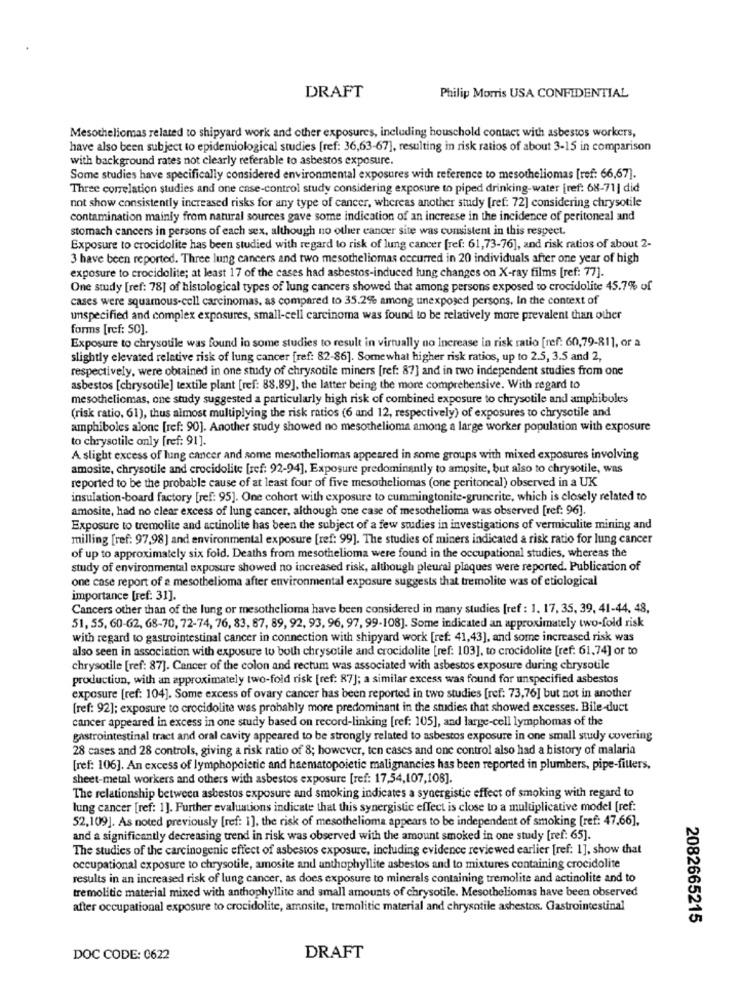
DRAFT
Philip Morris USA CONFIDENTIAL
Mesotheliomas related to shipyard work and other exposures, including household contact with asbestos workers,
have also been subject to epidemiological studies [ref: 36,63-67], resulting in risk ratios of about 3-15 in comparison
with background rates not clearly referable to asbestos exposure.
Some studies have specifically considered environmental exposures with reference to mesotheliomas [ref: 66,67].
Three correlation studies and one case-control study considering exposure to piped drinking-water [ref: 68-71] did
not show consistently increased risks for any type of cancer, whereas another study [ref: 72] considering chrysotile
contamination mainly from natural sources gave some indication of an increase in the incidence of peritoneal and
stomach cancers in persons of each sex, although no other cancer site was consistent in this respect.
Exposure to crocidolite has been studied with regard to risk of lung cancer [ref: 61,73-76], and risk ratios of about 2-
3 have been reported. Three lung cancers and two mesotheliomas occurred in 20 individuals after one year of high
exposure to crocidolite; at least 17 of the cases had asbestos-induced lung changes on X-ray films [ref: 77].
One study [ref: 78] of histological types of lung cancers showed that among persons exposed to crocidolite 45.7% of
cases were squamous-cell carcinomas, as compared to 35.2%% among unexposed persons. In the context of
unspecified and complex exposures, small-cell carcinoma was found to be relatively more prevalent than other
forms [ref: 50].
Exposure to chrysotile was found in some studies to result in virtually no increase in risk ratio [ref: 60,79-81], or a
slightly elevated relative risk of lung cancer [ref: 82-86]. Somewhat higher risk ratios, up to 2.5, 3.5 and 2,
respectively, were obtained in one study of chrysotile miners [ref: 87] and in two independent studies from one
asbestos [chrysotile] textile plant [ref: 88.89], the latter being the more comprehensive. With regard to
mesotheliomas, one study suggested a particularly high risk of combined exposure to chrysotile and amphiboles
(risk ratio, 61), thus almost multiplying the risk ratios (6 and 12, respectively) of exposures to chrysotile and
amphiboles alone [ref: 90]. Another study showed no mesothelioma among a large worker population with exposure
to chrysotile only [ref: 91].
A slight excess of lung cancer and some mesotheliomas appeared in some groups with mixed exposures involving
amosite, chrysotile and crocidolite [ref: 92-94], Exposure predominantly to amosite, but also to chrysotile, was
reported to be the probable cause of at least four of five mesotheliomas (one peritoneal) observed in a UK
insulation-board factory [ref: 95]. One cohort with exposure to cummingtonite-grunerite, which is closely related to
amosite, had no clear excess of lung cancer, although one case of mesothelioma was observed [ref: 96].
Exposure to tremolite and actinolite has been the subject of a few studies in investigations of vermiculite mining and
milling [ref: 97,98] and environmental exposure [ref: 99]. The studies of miners indicated a risk ratio for lung cancer
of up to approximately six fold. Deaths from mesothelioma were found in the occupational studies, whereas the
study of environmental exposure showed no increased risk, although pleural plaques were reported. Publication of
one case report of a mesothelioma after environmental exposure suggests that tremolite was of etiological
importance [ref: 31].
Cancers other than of the lung or mesothelioma have been considered in many studies [ref : 1. 17, 35, 39, 41-44. 48,
51, 55, 60-62, 68-70, 72-74, 76, 83, 87, 89, 92, 93, 96, 97, 99-108]. Some indicated an approximately two-fold risk
with regard to gastrointestinal cancer in connection with shipyard work [ref: 41,43], and some increased risk was
also seen in association with exposure to both chrysotile and crocidolite [ref: 103], to crocidolite [ref: 61,74] or to
chrysotile [ref: 87]. Cancer of the colon and rectum was associated with asbestos exposure during chrysotile
production, with an approximately two-fold risk [ref: 87]; a similar excess was found for unspecified asbestos
exposure [ref: 104]. Some excess of ovary cancer has been reported in two studies [ref: 73,76] but not in another
[ref: 92]; exposure to crocidolite was probably more predominant in the studies that showed excesses. Bile duct
cancer appeared in excess in one study based on record-linking [ref: 105], and large-cell lymphomas of the
gastrointestinal tract and oral cavity appeared to be strongly related to asbestos exposure in one small study covering
28 cases and 28 controls, giving a risk ratio of 8; however, ten cases and one control also had a history of malaria
[ref: 106]. An excess of lymphopoietic and haematopoietic malignancies has been reported in plumbers, pipe-fillers.
sheet-metal workers and others with asbestos exposure [ref: 17,54,107,108]
The relationship between asbestos exposure and smoking indicates a synergistic effect of smoking with regard to
lung cancer [ref: 1]. Further evaluations indicate that this synergistic effect is close to a multiplicative model [ref:
52,109]. As noted previously [ref: 1], the risk of mesothelioma appears to be independent of smoking [ref: 47,66],
and a significantly decreasing trend in risk was observed with the amount smoked in one study [ref: 65].
The studies of the carcinogenic effect of asbestos exposure, including evidence reviewed earlier [ref: 1], show that
occupational exposure to chrysotile, amosite and anthophyllite asbestos and to mixtures containing crocidolite
results in an increased risk of lung cancer, as does exposure to minerals containing tremolite and actinolite and to
tremolitic material mixed with anthophyllite and small amounts of chrysotile. Mesotheliomas have been observed
after occupational exposure to crocidolite, amosite, tremolitic material and chrysotile ashestos. Gastrointestinal
2082665215
DOC CODE: 0622
DRAFT